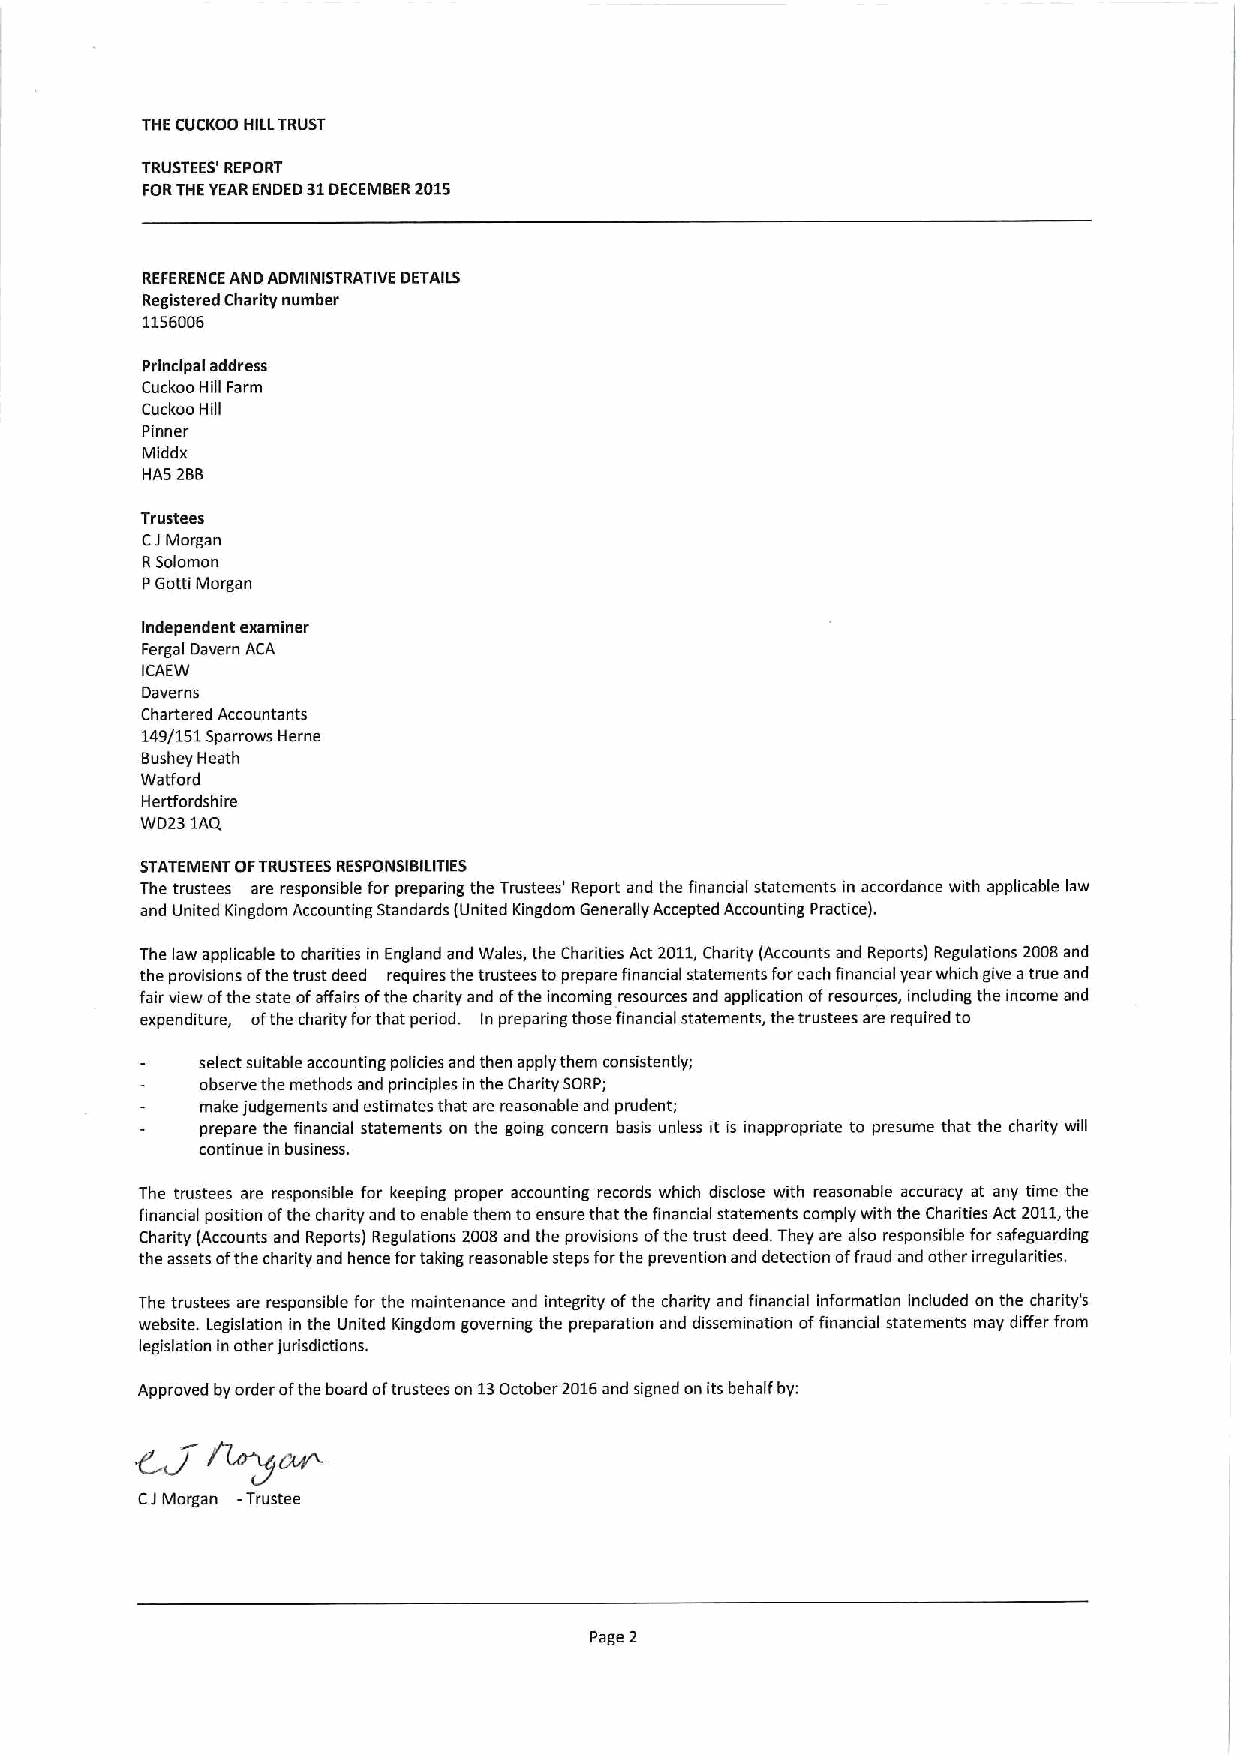
THE CUCKOO HILLTRUST
 TRUSTEES' REPORT
 FORTHEYEARENDED 31DECEMBER2015
 REFERENCE AND ADMINISTRATIVE DETARS
 Registered Charity number
 1156006
 Principal address
 Cuckoo Hill Farm
 Cuckoo Hill
 Pinner
 Middx
 HAS 2BB
 Trustees
 CIMorgan
 RSolomon
 PGotti Morgan
 Independent examiner
 Fergal Davern ACA
 ICAEW
 Daverns
 Chartered Accountants
 149/151Sparrows Herne
 Bushey Heath
 Wafford
 Hertfordshire
 WD23 1AQ
 STATEMENT OFTRUSTEES RESPONSIBILITIES
 The trustees are responsible for preparing the Trustees' Report and the financial statements in accordance with applicable law
 and United Kingdom Accounting Standards (United Kingdom Generally Accepted Accounting Practice).
 The law applicable to charities in England and Wales, the Charities Act 2011,Charity (Accounts and Reports) Regulations 2006and
 the provisions ofthe trust deed requires the trustees to prepare financial statements foreach financial year which give atrue and
 fair view ofthe state ofaffairs ofthe charity and ofthe incoming resources and application ofresources, including the income and
 expenditure, ofthe charity forthat period. In preparing those financial statements, the trustees are required to
 select suitable accounting policies and then apply them consistently;
 observe the methods and principles in the Charity SORP;
 make judgements and estimates that are reasonable and prudent;
 prepare the financial statements on the going concern basis unless it is inappropriate to presume that the charity will
 continue in business.
 The trustees are responsible for keeping proper accounting records which disclose with reasonable accuracy at any time the
 financial position ofthe charity and to enable them to ensure that the financial statements comply with the Charities Act 2011,the
 Charity (Accounts and Reports) Regulations 200Band the provisions ofthe trust deed, They are also responsible for safeguarding
 the assets ofthe charity and hence fortaking reasonable steps forthe prevention and detection offraud and other irregularities.
 The trustees are responsible for the maintenance and integrity ofthe charity and financial information included on the charity's
 website. Legislation in the United Kingdom governing the preparation and dissemination offinancial statements may differ from
 legislation in other jurisdictions.
 Approved by order ofthe board oftrustees on 13October 2016and signed on Its behalf by:
 CIMorgan —Trustee
 Page 2